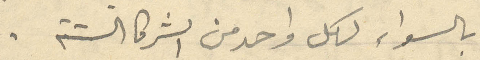
بالسواء لكل واحد من الشركا الستة.